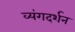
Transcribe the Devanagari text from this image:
व्यंगदर्शन